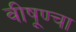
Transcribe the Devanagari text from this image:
वीषूण्चा